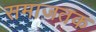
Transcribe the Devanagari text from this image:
समाजतक